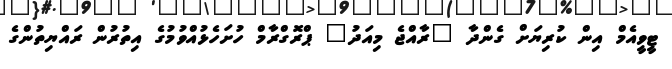
ޓީވީއެމް އިން ކުރިޔަށް ގެންދާ "ރާއްޖެ މިއަދު" ޕްރޮގްރާމް ހުށަހެޅުއްވުމުގެ އިތުރުން ރައްޔިތުންގެ